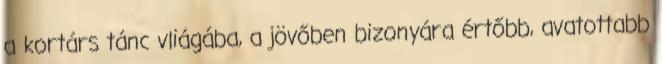
a kortárs tánc vliágába, a jövőben bizonyára értőbb, avatottabb